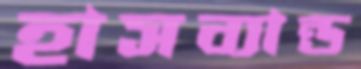
হাসব্যান্ড